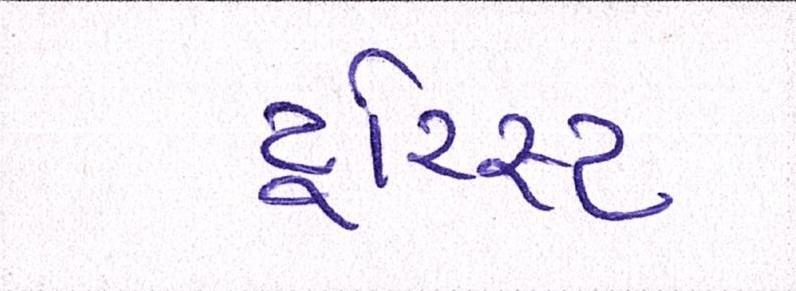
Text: ટૂરિસ્ટ